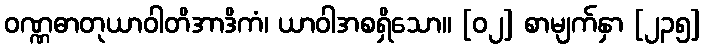
ဝဏ္ဏဓာတုယာဝါတိအာဒိကံ၊ ယာဝါအစရှိသော။ [၀၂] စာမျက်နှာ [၂၃၅]